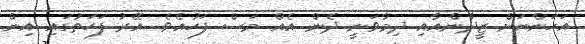
އަހަންނަށް ޒީދާންއާއި ދިމާވަނީ ދެން އެއް މަސް ފަހުއެވެ. އޭރު ފަހަތުގައި އިން